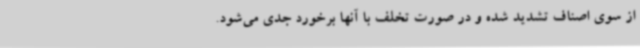
از سوی اصناف تشدید شده و در صورت تخلف با آنها برخورد جدی می‌شود.